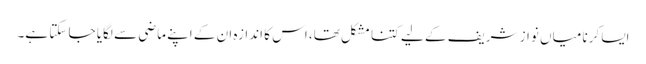
ایسا کرنا میاں نواز شریف کے لیے کتنا مشکل تھا، اس کا اندازہ ان کے اپنے ماضی سے لگایا جا سکتا ہے۔